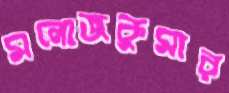
মনোজকুমার